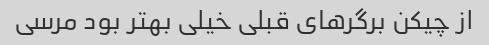
از چیکن برگرهای قبلی خیلی بهتر بود مرسی